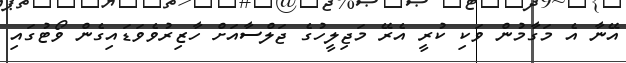
އޭނާ އެ މަގާމުން ވަކި ކުރީ އެރޭ މަޖިލީހުގެ ޖަލްސާއަށް ހާޒިރުވެވަޑައިގެން ވޯޓުގައި